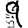
Digit: 9